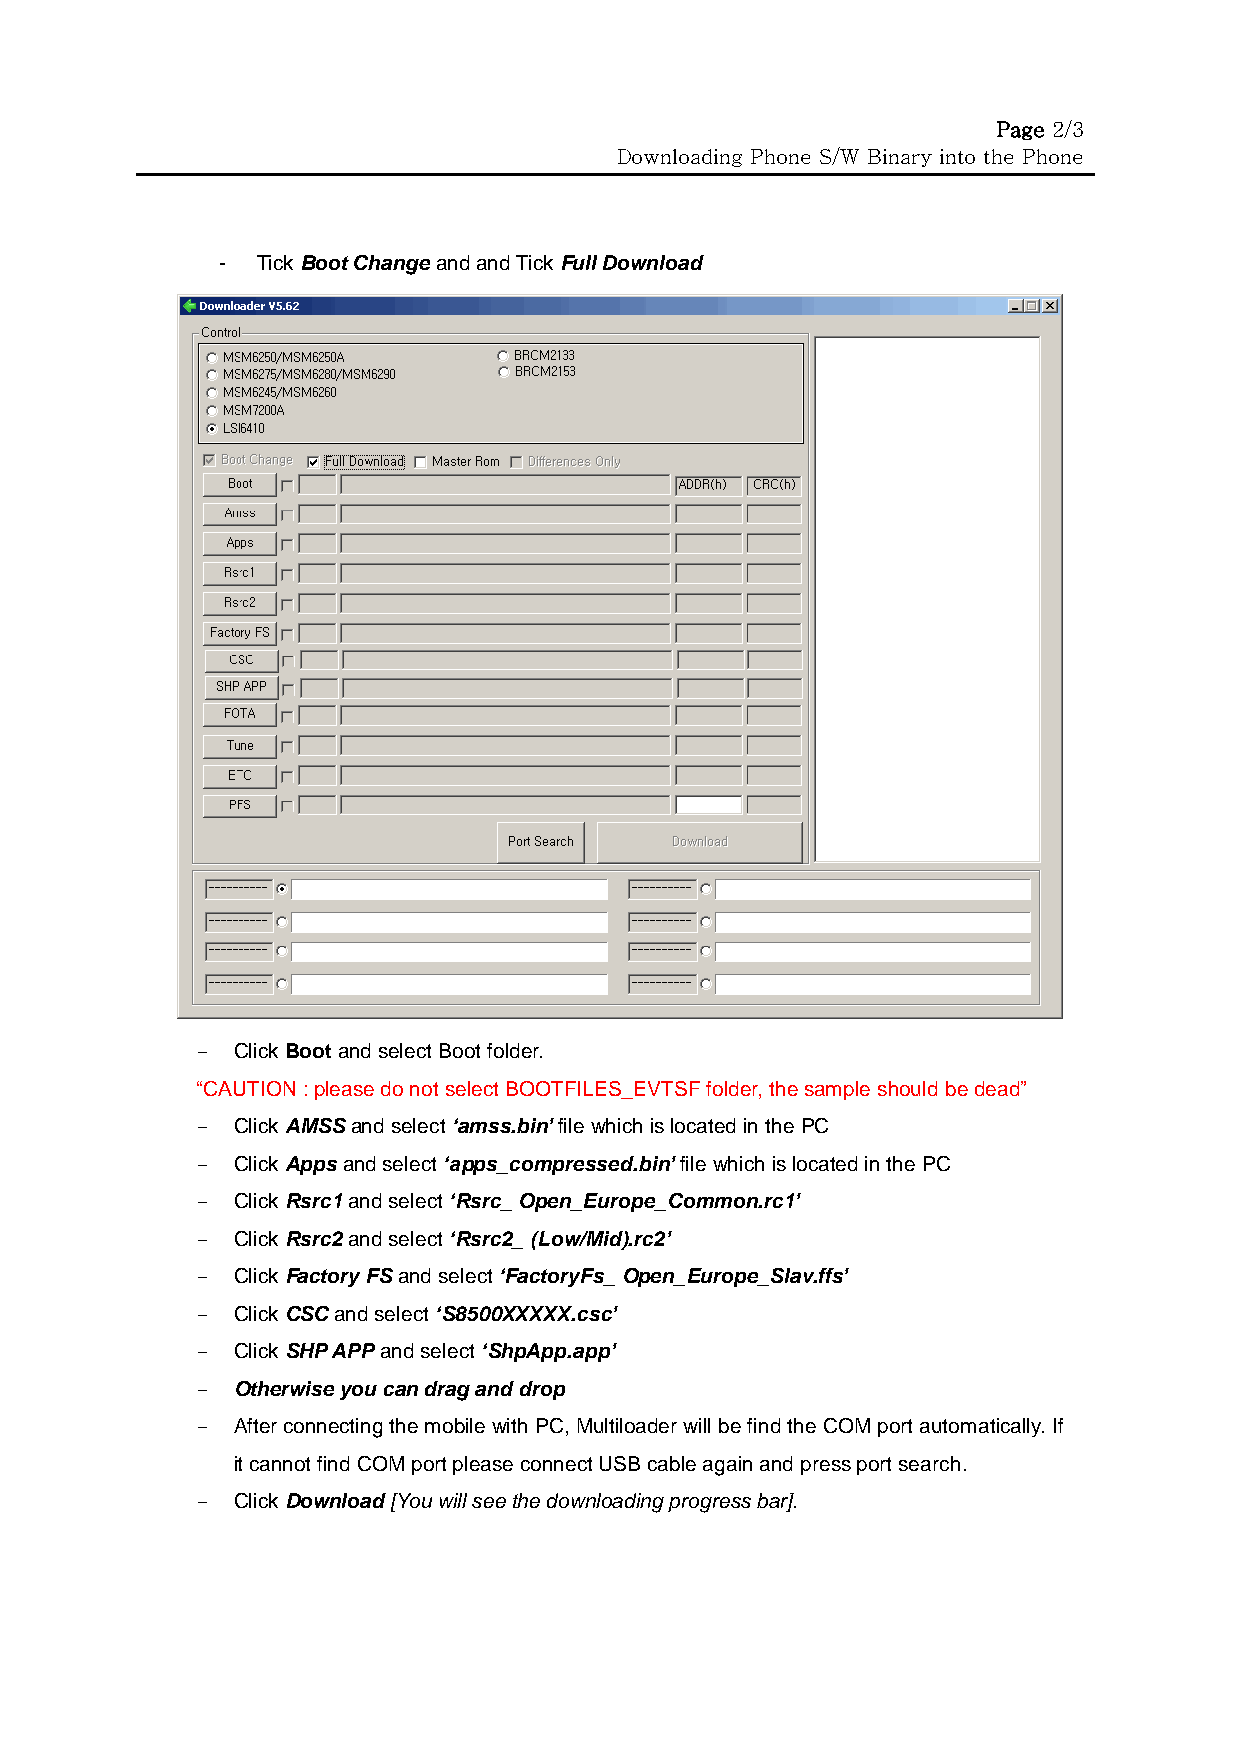
Page 2/3
 Downloading Phone S/W Binary into the Phone
 - Tick Boot Change and and Tick Full Download
 - Click Boot and select Boot folder.
 “CAUTION : please do not select BOOTFILES_EVTSF folder, the sample should be dead”
 - Click AMSS and select ‘amss.bin’ file which is located in the PC
 - Click Apps and select ‘apps_compressed.bin’ file which is located in the PC
 - Click Rsrc1 and select ‘Rsrc_ Open_Europe_Common.rc1’
 - Click Rsrc2 and select ‘Rsrc2_ (Low/Mid).rc2’
 - Click Factory FS and select ‘FactoryFs_ Open_Europe_Slav.ffs’
 - Click CSC and select ‘S8500XXXXX.csc’
 - Click SHP APP and select ‘ShpApp.app’
 - Otherwise you can drag and drop
 - After connecting the mobile with PC, Multiloader will be find the COM port automatically. If
 it cannot find COM port please connect USB cable again and press port search.
 - Click Download [You will see the downloading progress bar].